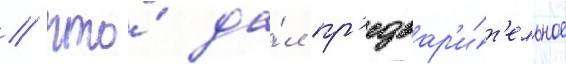
/ что́ да́л пр'едвар'и́т'ельное